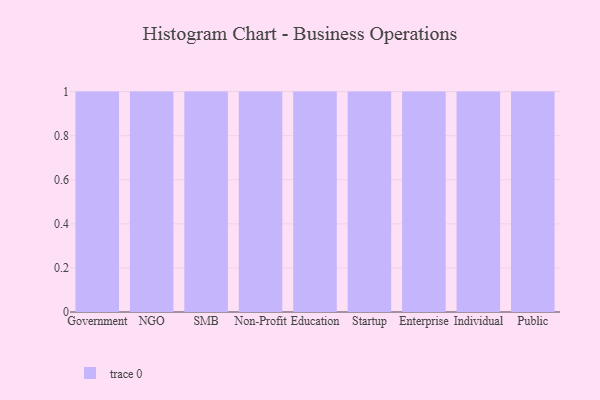
{"axis": {"x": "Segment", "y": "Customer Acquisition Cost (USD)"}, "legend": [""], "data": [{"x": "Government", "y": 88, "type": ""}, {"x": "NGO", "y": 67, "type": ""}, {"x": "SMB", "y": 75, "type": ""}, {"x": "Non-Profit", "y": 32, "type": ""}, {"x": "Education", "y": 60, "type": ""}, {"x": "Startup", "y": 54, "type": ""}, {"x": "Enterprise", "y": 17, "type": ""}, {"x": "Individual", "y": 36, "type": ""}, {"x": "Public", "y": 39, "type": ""}]}